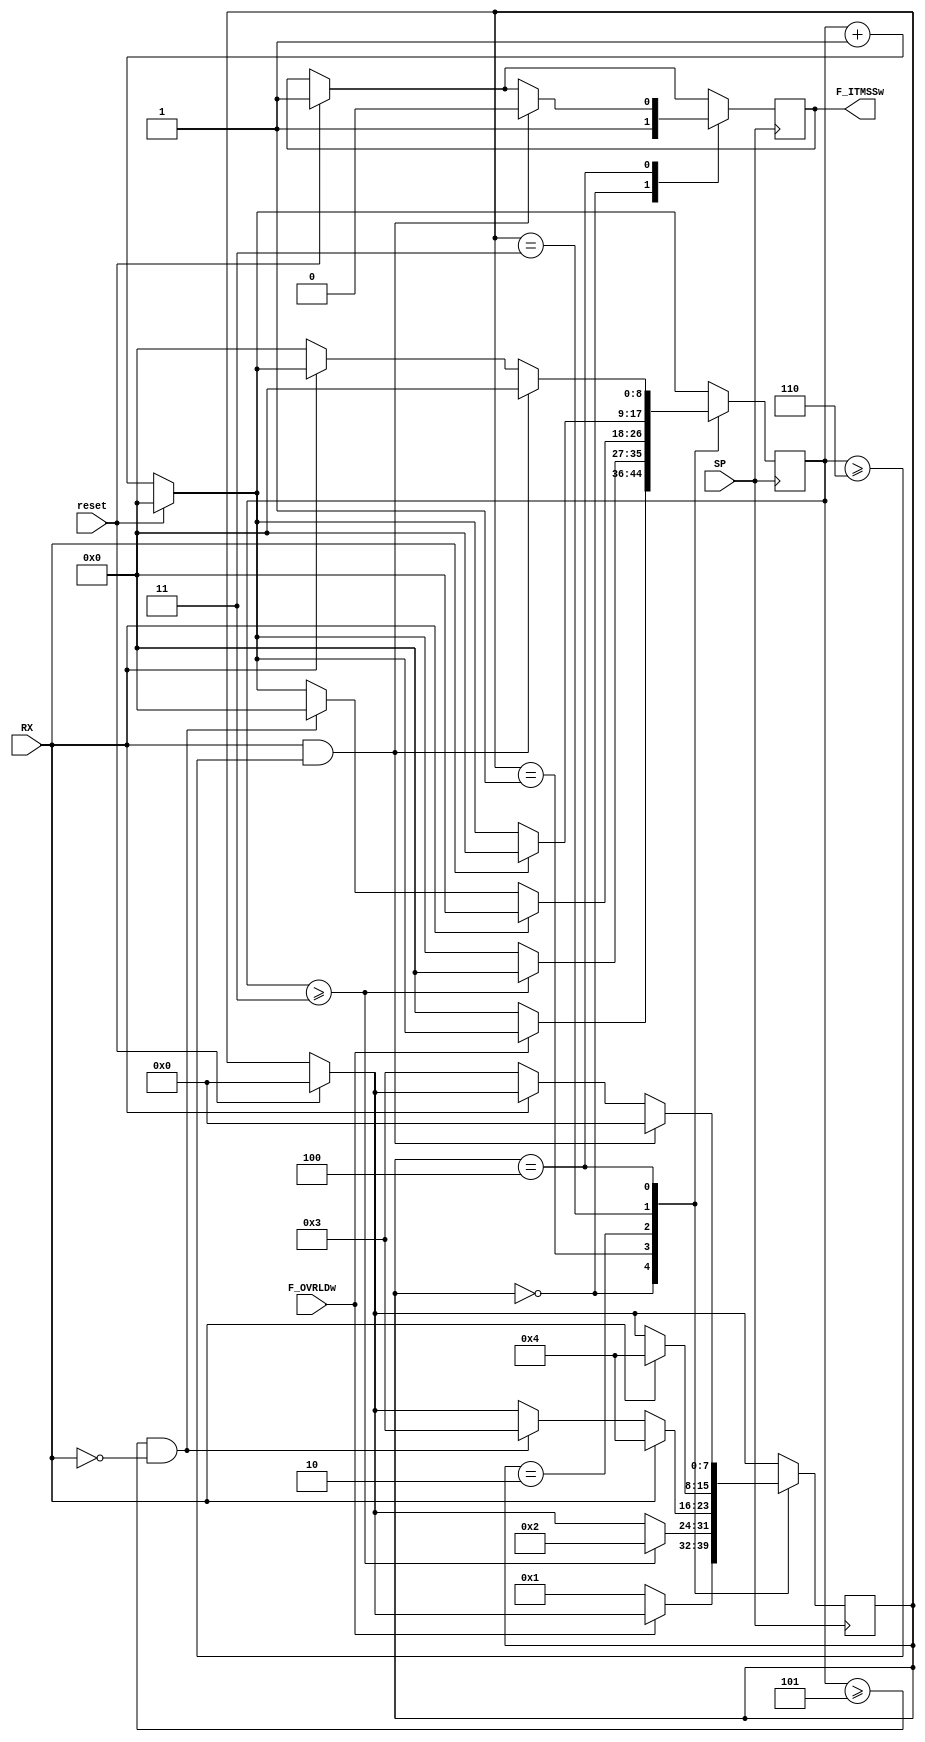
module OE_Frame_Maker(input reset, RX, SP, F_OVRLDw,
                output wire F_ITMSSw
               );

	reg [8:0] cont;
	reg [7:0] estado_atual;
	reg F_ITMSS;
	
	parameter sts1 = 0, sts2 = 1, sts3 = 2, sts4 = 3, sts5 = 4;
  
	initial cont = 9'd0;
	initial estado_atual = 8'd0;
	initial F_ITMSS = 1'b1;
	
	assign F_ITMSSw = F_ITMSS;
  
always @ (posedge SP) begin
    if(reset == 1)begin
		cont <= 9'd0;
		estado_atual <= sts1;
		F_ITMSS <= 1'b1;
    end
    else begin
		cont <= cont + 9'd1;
  	end

	case(estado_atual)
		sts1: begin		//WAITING FOR OVERLOAD OR ERROR
			F_ITMSS <= 1'b1;
			if(F_OVRLDw == 1'b1)begin
				//$display("Waiting for Error");
			end
			if(F_OVRLDw == 1'b0)begin	//J estamos no segundo bit de Overload
				$display("Estou no Bit de Flag 2");
				cont <= 9'd0;
				estado_atual <= sts2;
			end
		end
		sts2: begin		//OVERLOAD_ERROR_Flag THIRD Bit
			$display("Estou no Bit de Flag %d", cont+3);
			if(cont >= 9'd3)begin
				cont <= 9'd0;
				estado_atual <= sts3;
			end
		end
		sts3: begin		//Superposition
			if(RX == 1'b0)begin
				$display("Estou no Superposition %d", cont+1);
			end
			if(cont >= 9'd5 && RX == 1'b0)begin
				cont <= 9'd0;
				estado_atual <= sts4;
			end
			if(RX == 1'b1)begin
				$display("Estou no Delimiter 1");
				cont <= 9'd0;
				estado_atual <= sts5;
			end
		end
		sts4: begin		//Delimiter First Bit
			$display("Estou no Delimiter 1");
			if(RX == 1'b1)begin
				cont <= 9'd0;
				estado_atual <= sts5;
			end
		end
		sts5: begin			//Delimiter
			$display("Estou no Delimiter %d", cont+2);
			if(RX == 1'b0)begin
				$display("Vou resetar o Delimiter");
				cont <= 9'd0;
				estado_atual <= sts4;
			end
			if(RX == 1'b1 && cont >= 9'd6)begin
				cont <= 9'd0;
				estado_atual <= sts1;
				F_ITMSS <= 1'b0;
			end
		end
	endcase
end
endmodule